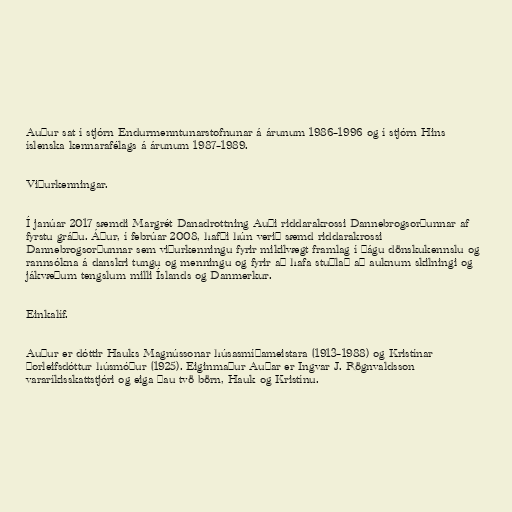
Auður sat í stjórn Endurmenntunarstofnunar á árunum 1986–1996 og í stjórn Hins
íslenska kennarafélags á árunum 1987–1989.

Viðurkenningar.

Í janúar 2017 sæmdi Margrét Danadrottning Auði riddarakrossi Dannebrogsorðunnar af
fyrstu gráðu. Áður, í febrúar 2008, hafði hún verið sæmd riddarakrossi
Dannebrogsorðunnar sem viðurkenningu fyrir mikilvægt framlag í þágu dönskukennslu og
rannsókna á danskri tungu og menningu og fyrir að hafa stuðlað að auknum skilningi og
jákvæðum tengslum milli Íslands og Danmerkur.

Einkalíf.

Auður er dóttir Hauks Magnússonar húsasmíðameistara (1913–1988) og Kristínar
Þorleifsdóttur húsmóður (1925). Eiginmaður Auðar er Ingvar J. Rögnvaldsson
vararíkisskattstjóri og eiga þau tvö börn, Hauk og Kristínu.